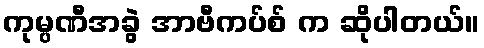
ကုမ္ပဏီအခွဲ အာဗီကပ်စ် က ဆိုပါတယ်။